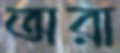
অরা